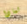
لماذا